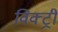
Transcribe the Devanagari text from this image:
विक्‍ट्री